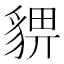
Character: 𧳠